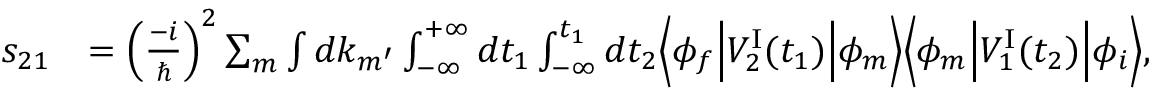
\begin{array} { r l } { s _ { 2 1 } } & { = \Big ( \frac { - i } { \hbar } \Big ) ^ { 2 } \sum _ { m } \int d k _ { m ^ { \prime } } \int _ { - \infty } ^ { + \infty } d t _ { 1 } \int _ { - \infty } ^ { t _ { 1 } } d t _ { 2 } \Big \langle \phi _ { f } \Big \vert { \cal V } _ { 2 } ^ { \mathrm { I } } ( t _ { 1 } ) \Big \vert \phi _ { m } \Big \rangle \Big \langle \phi _ { m } \Big \vert { \cal V } _ { 1 } ^ { \mathrm { I } } ( t _ { 2 } ) \Big \vert \phi _ { i } \Big \rangle , } \end{array}